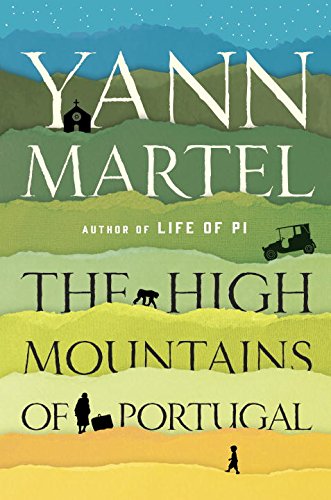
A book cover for The High Mountains of Portugal: A Novel; Yann Martel; Science Fiction & Fantasy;